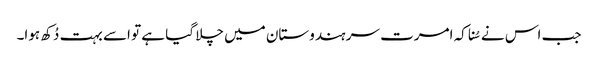
جب اس نے سُنا کہ امرت سر ہندوستان میں چلا گیا ہے تو اسے بہت دُکھ ہوا۔